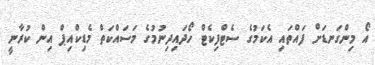
އޯ މިންގަނޑަށް ފައްތައި އެކަމުގެ ސެޓްފިކެޓް ހޯދައިދިނުމުގެ މަސައްކަތް މެޑިކްއިޕް އިން ކުރާނީ